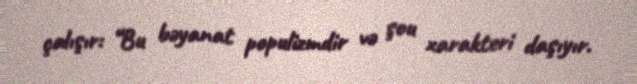
çalışır: “Bu bəyanat populizmdir və şou xarakteri daşıyır.